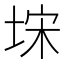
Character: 𭎥